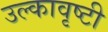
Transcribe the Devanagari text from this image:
उल्कावृष्टी